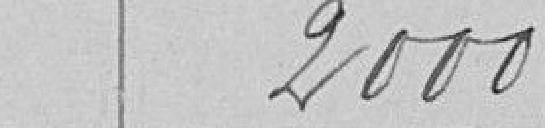
2000